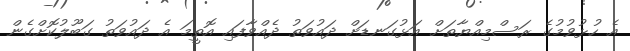
އެ ހުޅުވުމުގެ ރަސްމިއްޔާތަށް އަޅުގަނޑަށް ދައުވަތު ދެއްވާފައި އޮތީމަ އެ ދައުވަތު ގަބޫލުކޮށްގެން